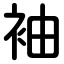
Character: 袖